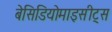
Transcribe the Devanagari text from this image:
बेसिडियोमाइसीट्स